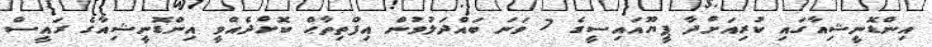
އިންޑޮނީޝިއާގައި ކުރިއަށްދާ ޕީޔޫއައިސީގެ 7 ވަނަ ބައްދަލުވުން އިފްތިތާޙް ކޮށްދެއްވީ އިންޑޮނީޝިއާގެ ރައީސް